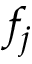
f _ { j }